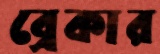
ব্রেকার